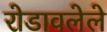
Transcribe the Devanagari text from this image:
रोडावलेले